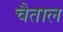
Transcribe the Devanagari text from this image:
चैताल